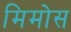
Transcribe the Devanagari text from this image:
मिमोस